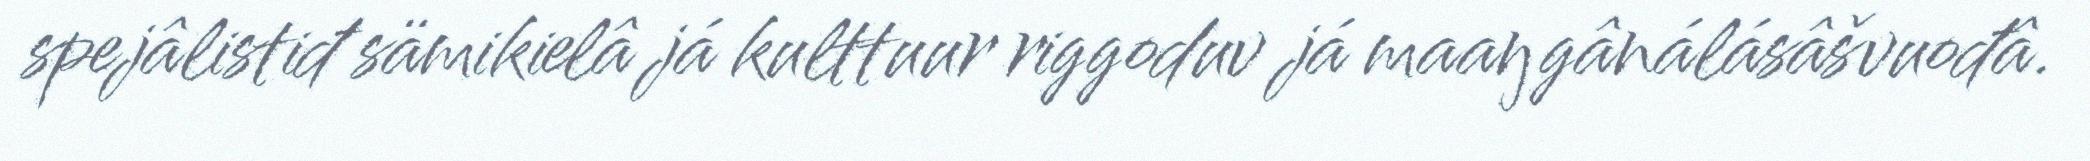
spejâlistiđ sämikielâ já kulttuur riggoduv já maaŋgânálásâšvuođâ.